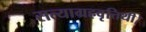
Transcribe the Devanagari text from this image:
सत्याग्रहवृत्तिथी।